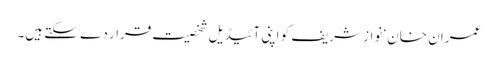
عمران خان‘ نواز شریف کو اپنی آئیڈیل شخصیت قرار دے سکتے ہیں۔